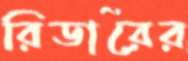
রিডারের